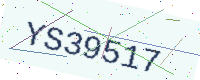
Text: YS39517